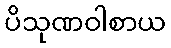
ပိသုဏဝါစာယ